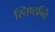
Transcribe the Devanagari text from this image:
स्तिष्ठन्ति